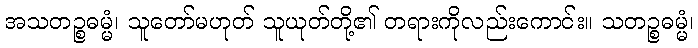
အသတဉ္စဓမ္မံ၊ သူတော်မဟုတ် သူယုတ်တို့၏ တရားကိုလည်းကောင်း။ သတဉ္စဓမ္မံ၊